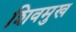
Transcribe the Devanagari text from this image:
शिवमुख